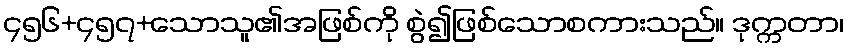
၄၅၆+၄၅၇+သောသူ၏အဖြစ်ကို စွဲ၍ဖြစ်သောစကားသည်။ ဒုက္ကတာ၊